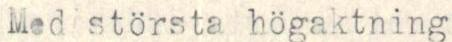
Med största högaktning